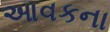
આવકના